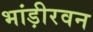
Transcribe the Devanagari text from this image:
भांड़ीरवन